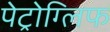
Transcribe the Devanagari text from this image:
पेट्रोग्लिफ